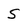
Character: S